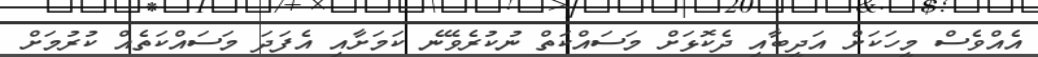
އެއްވެސް މީހަކަށް އަދީބާއި ދެކޮޅަށް މަސައްކަތް ނުކުރެވޭނެ ކަމަށާއި އެފަދަ މަސައްކަތެއް ކުރުމަށް